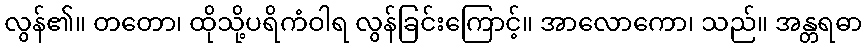
လွန်၏။ တတော၊ ထိုသို့ပရိကံဝါရ လွန်ခြင်းကြောင့်။ အာလောကော၊ သည်။ အန္တရဓာ